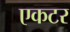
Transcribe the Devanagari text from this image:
एकटर